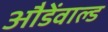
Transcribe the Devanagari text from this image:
औडेंवाल्ड